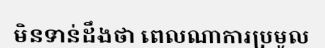
មិនទាន់ដឹងថា ពេលណាការប្រមូល